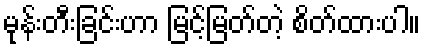
မုန်းတီးခြင်းဟာ မြင့်မြတ်တဲ့ စိတ်ထားပါ။